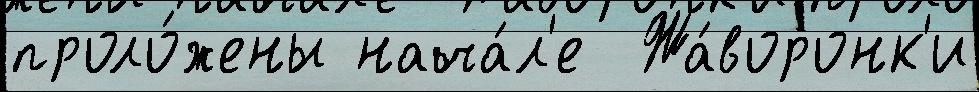
проло́жены нача́л'е  Жа́воронк'и